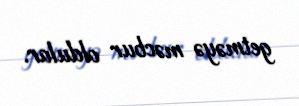
getməyə məcbur oldular.